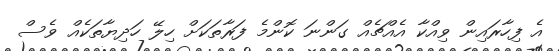
އެ ފިހާރައިން ވިއްކާ އެއްޗެއް ގަންނަ ކޮންމެ ފަރާތަކަށް ހިލޭ ހަދިޔާތަކެއް ވެސް